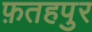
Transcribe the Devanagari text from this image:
फ़तहपुर